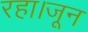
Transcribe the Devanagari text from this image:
रहा।जून